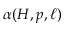
\alpha ( H , p , \ell )